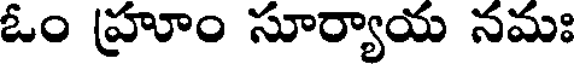
ఓం హ్రూం సూర్యాయ నమః